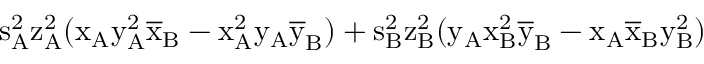
\mathrm { s _ { A } ^ { 2 } \mathrm { z _ { A } ^ { 2 } ( \mathrm { x _ { A } \mathrm { y _ { A } ^ { 2 } \mathrm { \overline { { x } } _ { B } - \mathrm { x _ { A } ^ { 2 } \mathrm { y _ { A } \mathrm { \overline { { y } } _ { B } ) + \mathrm { s _ { B } ^ { 2 } \mathrm { z _ { B } ^ { 2 } ( \mathrm { y _ { A } \mathrm { x _ { B } ^ { 2 } \mathrm { \overline { { y } } _ { B } - \mathrm { x _ { A } \mathrm { \overline { { x } } _ { B } \mathrm { y _ { B } ^ { 2 } ) } } } } } } } } } } } } } } } }